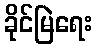
ခိုင်မြဲရေး